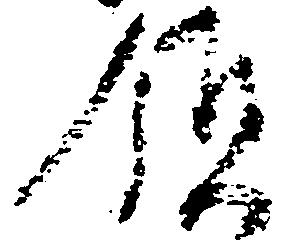
領